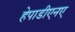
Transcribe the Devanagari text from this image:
हेपाडीएनए